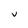
Character: v